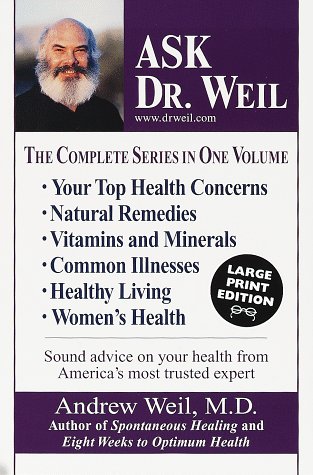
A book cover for Ask Dr. Weil: The Complete Series in One Volume (Random House Large Print); Andrew Weil M.D.; Health, Fitness & Dieting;